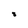
Character: 8